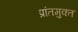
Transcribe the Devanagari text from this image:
प्रांतमुक्त